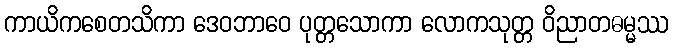
ကာယိကစေတသိကာ ဒေဝဘာဝေ ပုတ္တသောကာ လောကသုတ္တ ဝိညာတဓမ္မဿ